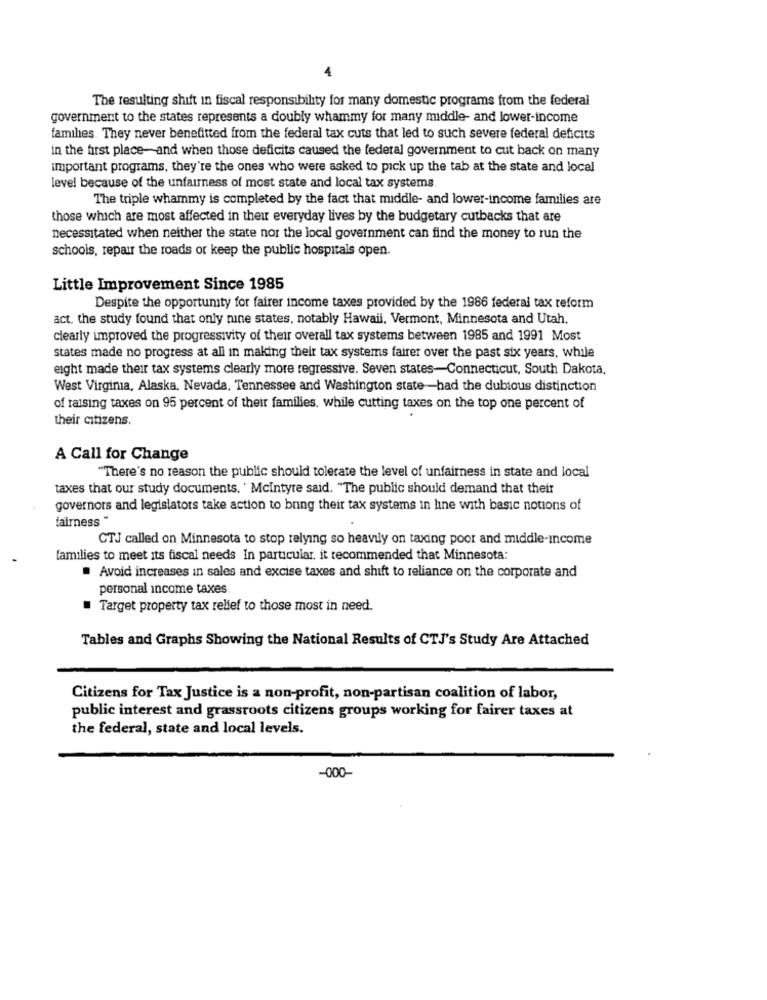
4
The resulting shift in fiscal responsibility for many domestic programs from the federal
government to the states represents a doubly whammy for many middle- and lower-income
famihes. They never benefitted from the federal tax cuts that led to such severe federal deficits
in the first place-and when those deficits caused the federal government to cut back on many
important programs, they're the ones who were asked to pick up the tab at the state and local
level because of the unfairness of most state and local tax systems
The triple whammy is completed by the fact that middle- and lower-income families are
those which are most affected in their everyday lives by the budgetary cutbacks that are
necessitated when neither the state nor the local government can find the money to run the
schools, repair the roads or keep the public hospitals open.
Little Improvement Since 1985
Despite the opportunity for fairer income taxes provided by the 1986 federal tax reform
act. the study found that only nine states, notably Hawaii, Vermont, Minnesota and Utah,
clearly improved the progressivity of their overall tax systems between 1985 and 1991 Most
states made no progress at all in making their tax systems fairer over the past six years. while
eight made their tax systems clearly more regressive. Seven states-Connecticut, South Dakota,
West Virginia, Alaska, Nevada, Tennessee and Washington state -had the dubious distinction
of raising taxes on 95 percent of their families. while cutting taxes on the top one percent of
their citizens.
A Call for Change
"There's no reason the public should tolerate the level of unfairness in state and local
taxes that our study documents. ' Mcintyre said. "The public should demand that their
governors and legislators take action to bring their tax systems in hne with basic notions of
fairness
CTJ called on Minnesota to stop relying so heavily on taxing poor and middle-income
families to meet its fiscal needs In particular, it recommended that Minnesota:
Avoid increases in sales and excise taxes and shift to reliance on the corporate and
personal income taxes
Target property tax relief to those most in need.
Tables and Graphs Showing the National Results of CTJ's Study Are Attached
Citizens for Tax Justice is a non-profit, non-partisan coalition of labor,
public interest and grassroots citizens groups working for fairer taxes at
the federal, state and local levels.
-000